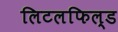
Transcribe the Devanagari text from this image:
लिटलफिल्ड